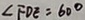
\angle F D E = 6 0 ^ { \circ }